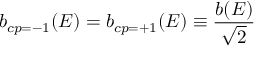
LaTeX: b _ { c p = - 1 } ( E ) = b _ { c p = + 1 } ( E ) \equiv { \frac { b ( E ) } { \sqrt { 2 } } }